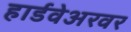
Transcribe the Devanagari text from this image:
हार्डवेअरवर